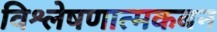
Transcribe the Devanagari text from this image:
विश्लेषणात्मकबन